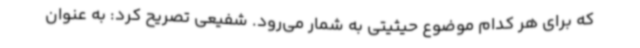
که برای هر کدام موضوع حیثیتی به شمار می‌رود. شفیعی تصریح کرد: به عنوان